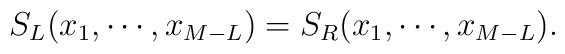
S_L(x_1,\cdots,x_{M-L})=S_R(x_1,\cdots,x_{M-L}).